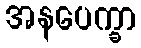
အနပေက္ခာ